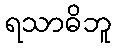
ရသာဓိဘူ